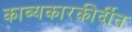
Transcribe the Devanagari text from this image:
काव्यकारकीर्दीत